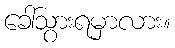
ခေါ်သွားရမှာလား။